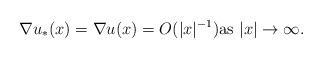
LaTeX: \begin{align*}\nabla u_*(x)=\nabla u(x)=O(|x|^{-1}) \mbox{as $|x|\to\infty$}.\end{align*}